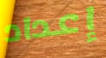
إعداد